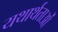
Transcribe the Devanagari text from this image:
यथार्थताओं